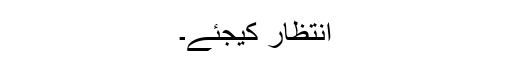
انتظار کیجئے۔